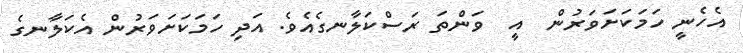
އެހެނީ ހަމަކަށަވަރުން  އީ  ވަންތަ ރަސްކަލާނގެއެވެ. އަދި ހަމަކަށަވަރުން އެކަލާނގެ